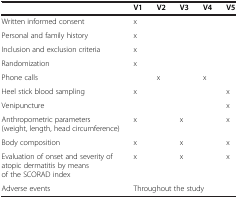
<table><thead><tr><td><b> </b></td><td><b>V1</b></td><td><b>V2</b></td><td><b>V3</b></td><td><b>V4</b></td><td><b>V5</b></td></tr></thead><tbody><tr><td>Written informed consent</td><td>x</td><td> </td><td> </td><td> </td><td> </td></tr><tr><td>Personal and family history</td><td>x</td><td> </td><td> </td><td> </td><td> </td></tr><tr><td>Inclusion and exclusion criteria</td><td>x</td><td> </td><td> </td><td> </td><td> </td></tr><tr><td>Randomization</td><td>x</td><td> </td><td> </td><td> </td><td> </td></tr><tr><td>Phone calls</td><td> </td><td>x</td><td> </td><td>x</td><td> </td></tr><tr><td>Heel stick blood sampling</td><td>x</td><td> </td><td> </td><td> </td><td>x</td></tr><tr><td>Venipuncture</td><td> </td><td> </td><td> </td><td> </td><td>x</td></tr><tr><td>Anthropometric parameters (weight, length, head circumference)</td><td>x</td><td> </td><td>x</td><td> </td><td>x</td></tr><tr><td>Body composition</td><td>x</td><td> </td><td>x</td><td> </td><td>x</td></tr><tr><td>Evaluation of onset and severity of atopic dermatitis by means of the SCORAD index</td><td>x</td><td> </td><td>x</td><td> </td><td>x</td></tr><tr><td>Adverse events</td><td colspan="5">Throughout the study</td></tr></tbody></table>